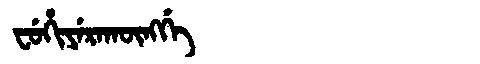
Manchu: ᠸᡠᡥᡳᠶᡝᡵᠠᡴᡡᠩᡤᡝ
Romanization: FUHIYERAKŪNGGE